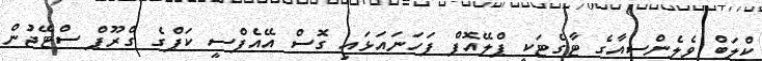
ކްލަބް ވެލެންސިއާގެ ޓާގެޓަކީ ޕްލޭއޮފް ފަހަނައަޅައި ގޮސް އޭއެފްސީ ކަޕްގެ ގްރޫޕް ސްޓޭޖުން